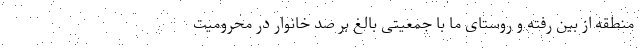
منطقه از بین رفته و روستای ما با جمعیتی بالغ بر صد خانوار در محرومیت